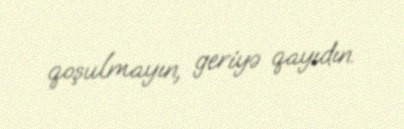
qoşulmayın, geriyə qayıdın.